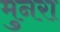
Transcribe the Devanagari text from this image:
मुनरा